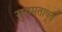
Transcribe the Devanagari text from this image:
सुगमतापूर्व